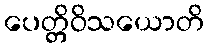
ပေတ္တိဝိသယောတိ